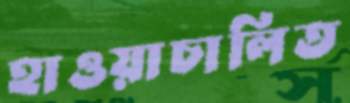
হাওয়াচালিত